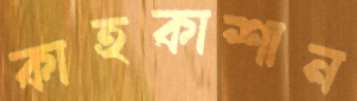
কাহকাশান